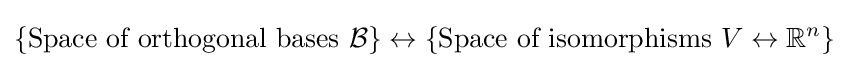
\{{\text{Space of orthogonal bases }}{\mathcal {B}}\}\leftrightarrow \{{\text{Space of isomorphisms }}V\leftrightarrow \mathbb {R} ^{n}\}